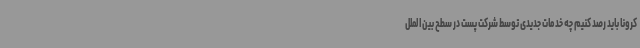
کرونا باید رصد کنیم چه خدمات جدیدی توسط شرکت پست در سطح بین‌الملل